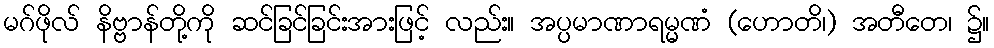
မဂ်ဖိုလ် နိဗ္ဗာန်တို့ကို ဆင်ခြင်ခြင်းအားဖြင့် လည်း။ အပ္ပမာဏာရမ္မဏံ (ဟောတိ၊) အတီတေ၊ ၌။